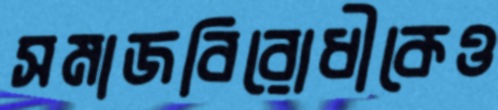
সমাজবিরোধীকেও